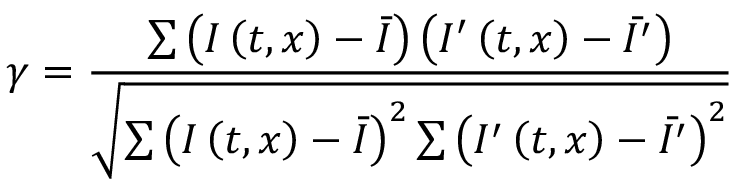
\gamma = \frac { \sum \left( I \left( t , x \right) - \bar { I } \right) \left( I ^ { \prime } \left( t , x \right) - \bar { I ^ { \prime } } \right) } { \sqrt { \sum \left( I \left( t , x \right) - \bar { I } \right) ^ { 2 } \sum \left( I ^ { \prime } \left( t , x \right) - \bar { I ^ { \prime } } \right) ^ { 2 } } }